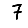
Digit: 7